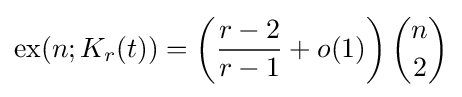
{\mbox{ex}}(n;K_{r}(t))=\left({\frac {r-2}{r-1}}+o(1)\right){n \choose 2}